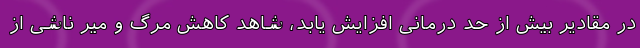
در مقادیر بیش از حد درمانی افزایش یابد، شاهد کاهش مرگ و میر ناشی از